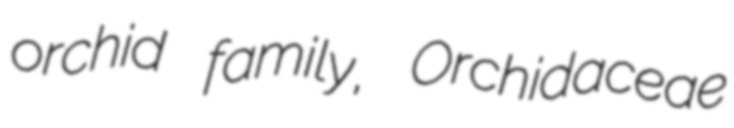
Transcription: orchid family, Orchidaceae